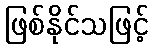
ဖြစ်နိုင်သဖြင့်